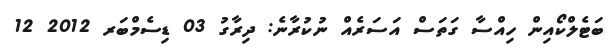
ބަޓެލްކޯއިން ހިއްސާ ގަތަސް އަސަރެއް ނުކުރާނެ: ދިރާގު 03 ޑިސެމްބަރ 2012 12